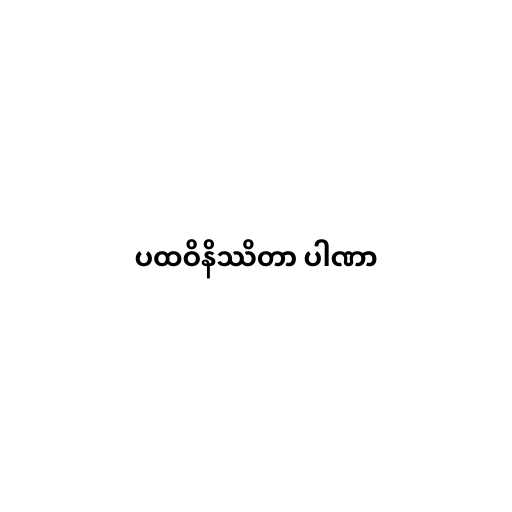
ပထဝိနိဿိတာ ပါဏာ